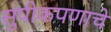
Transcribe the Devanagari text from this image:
सुपीकपणाचे